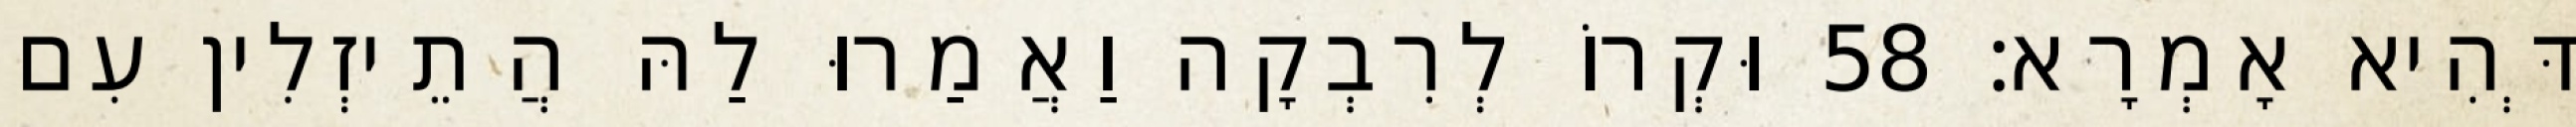
דְּהִיא אָמְרָא׃ 58 וּקְרוֹ לְרִבְקָה וַאֲמַרוּ לַהּ הֲתֵיזְלִין עִם